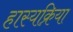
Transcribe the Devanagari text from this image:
हास्यक्रिया